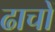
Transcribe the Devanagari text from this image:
ढाचों